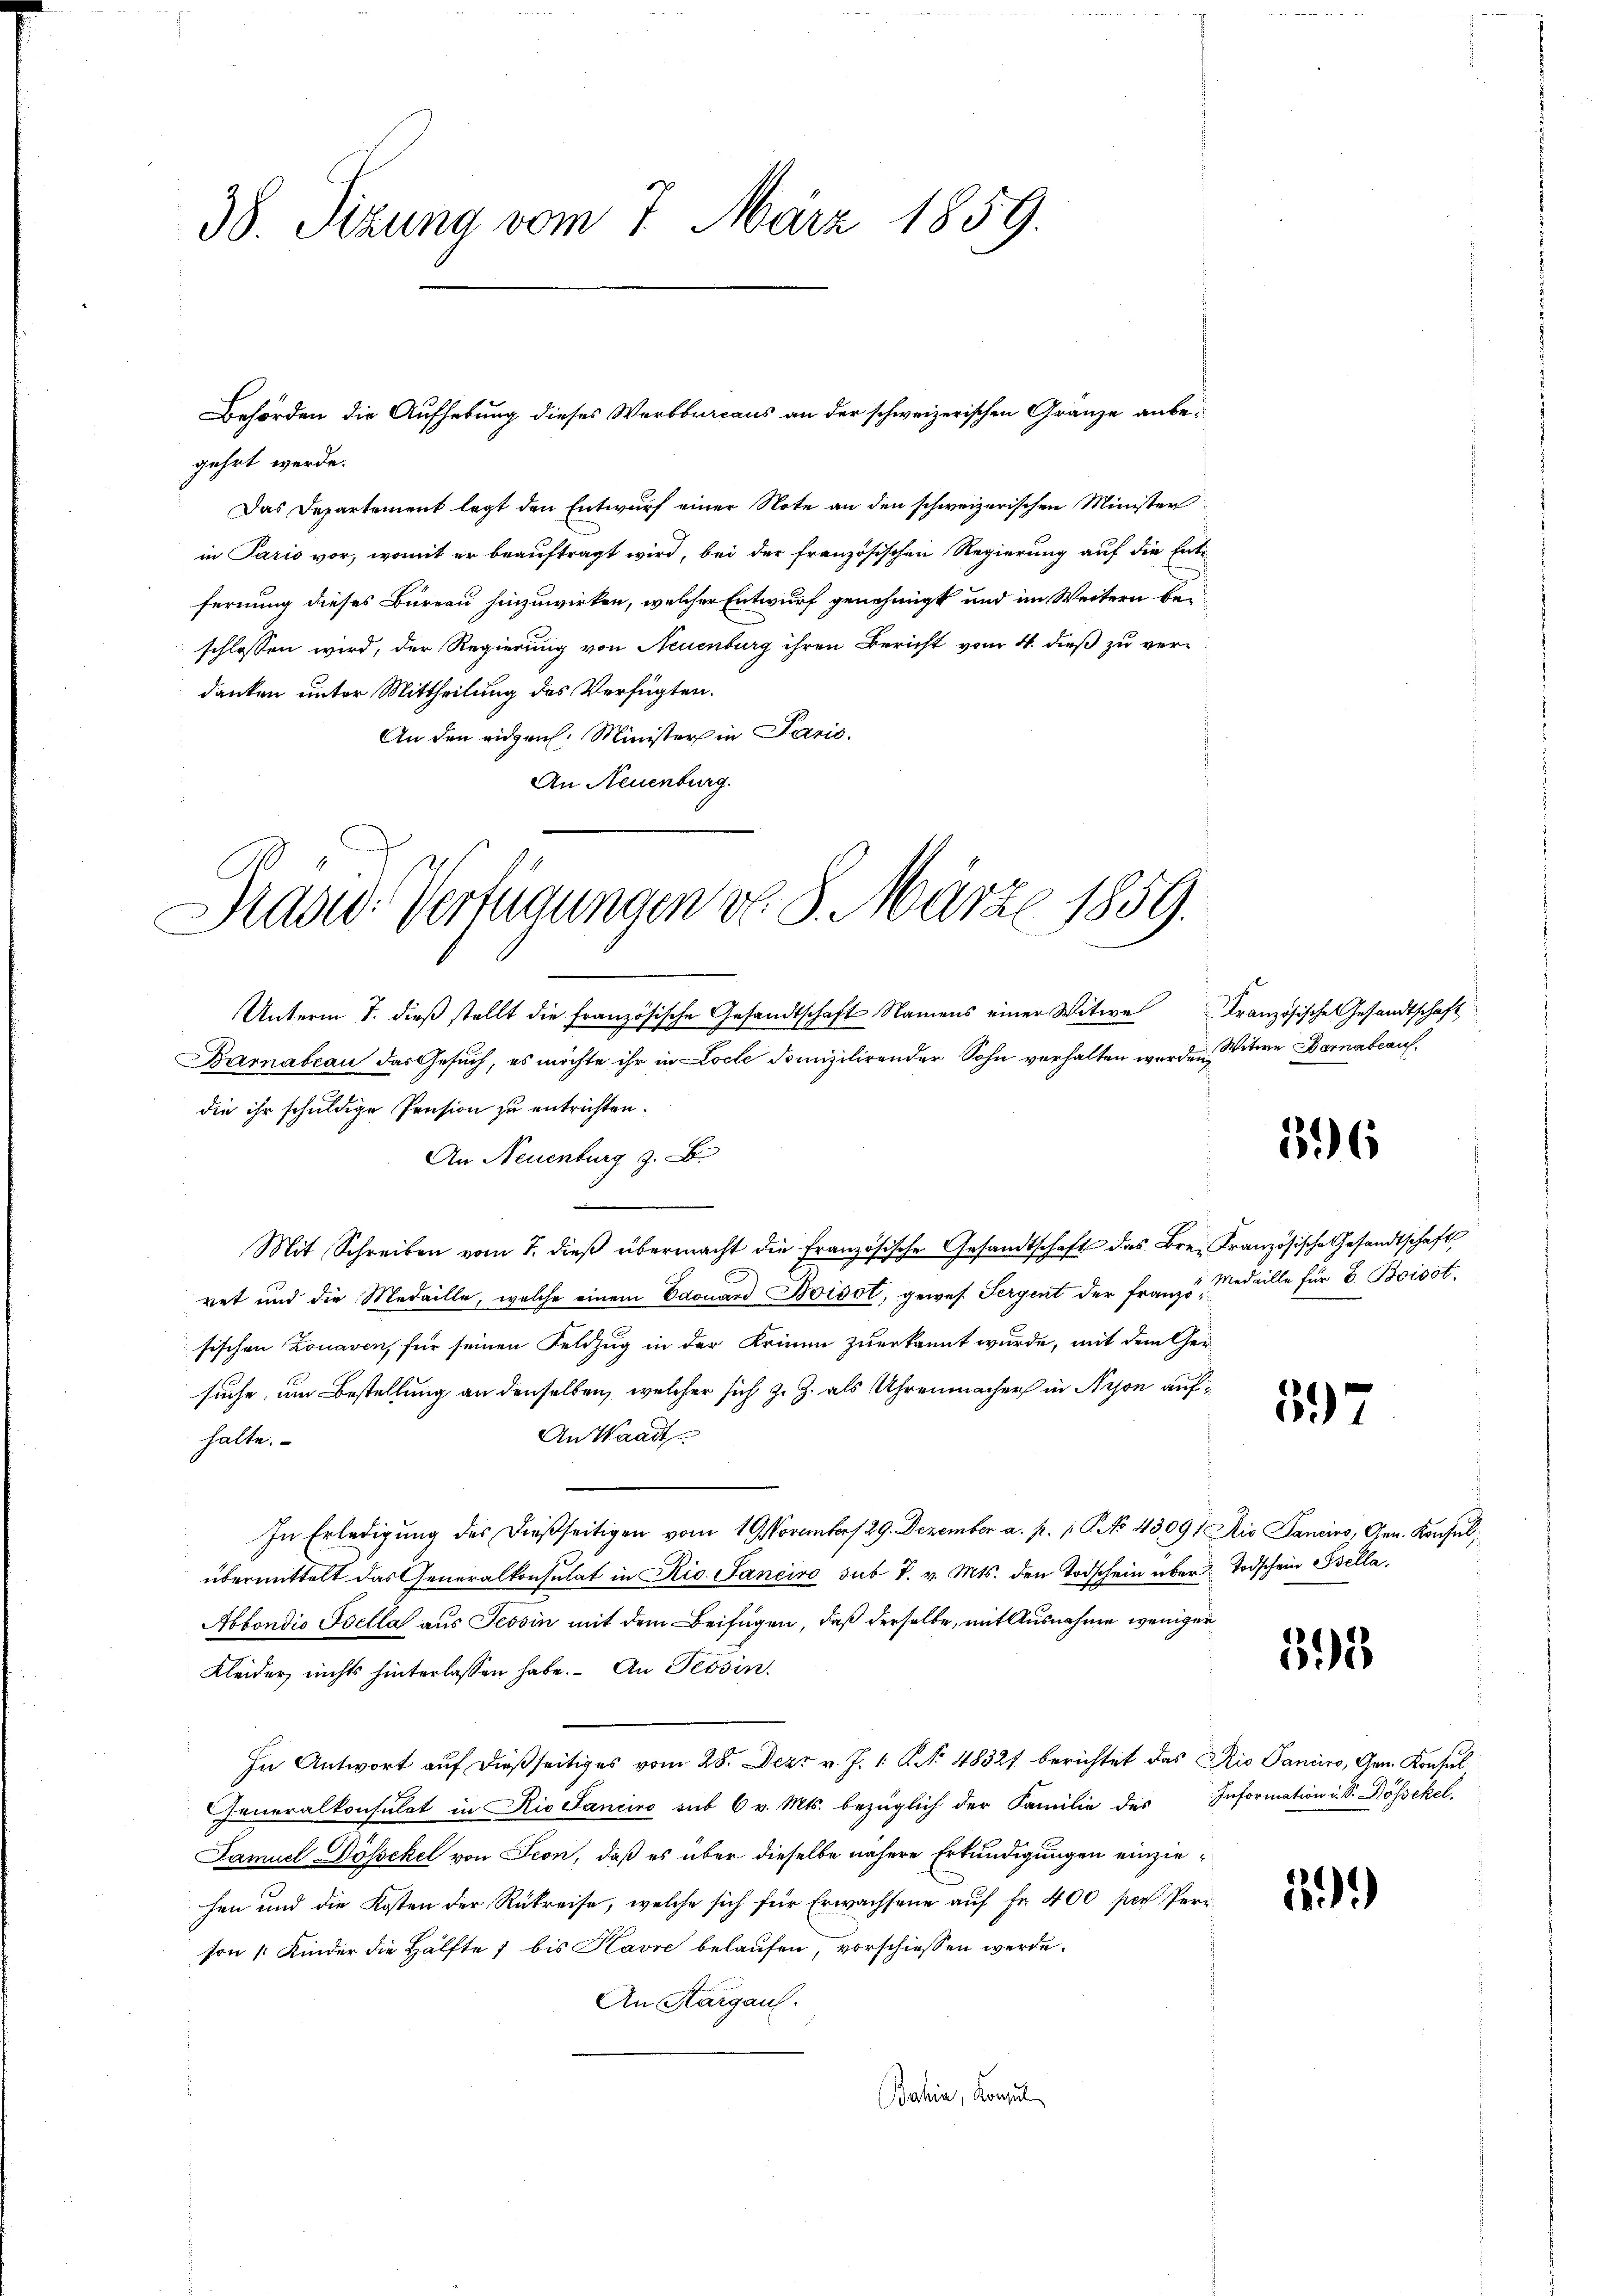
38. Sizung vom 7. März 1859.

gehrt werde.
Das Departement legt den Entwurf einer Note an den schweizerischen Minister
in Paris vor, womit er beauftragt wird, bei der französischen Regierung auf die Entfernung dieses Bureau hinzuwirken, welcher Entwurf genehmigt und im Weitern beschlossen wird, der Regierung von Neuenburg ihren Bericht vom 4. dieß zu ver-
danken unter Mittheilung des Verfügten.
An den eidgen. Minister in Paris.
An Neuenburg.
Unterm 7. dieβ stellt die französische Gesandtschaft Namens einer Witwe Französische Gesandtschaft
Barnabian das Gesŭch, es möchte ihr in Loche Domizilirender Sohn verhalten werden, itere Barna beau
die ihr schuldige Pension zu entrichten.
An Neuenburg z. B.
Mit Schreiben vom 7. dieβ übermacht die französische Gesandtschaft das Brei Französische Gesandtschaft,
ret und die Medaille, welche einem Edouard Boisot, gewes. Sergent der Franz u. Medaille für 8. Boisst,
sischen Lonaven, für seinen Feldzug in der Krimin zuerkannt wurde, mit dem Gersuche, um Bestellung an denselben, welcher sich z. Z. als Uhrenmacher in Nyon auf¬
An Waadt
halte.
In Erledigung des dießseitigen vom 19 November 29. Dezember a. p. p. C. No 43091 Aio Sancins, Gen. Konsul,
übermittelt das Generalkonsulat in Rio. Sancivo sub 7. v. Mts. den Todschein über Todschein Ssella,
Abbondio Ssella aus Tessin mit dem Beifügen, daß derselbe, mit Ausnahme weniger
Kleider nichts hinterlassen habe. An Tessin
In Antwort auf dießseitiges vom 28. Dez. v. J. 1. No. 48327 berichtet das Rio Sanciro, Gem. Konsul
Generalkonsulat in Rio Sanciro sub 6 v. Mts. bezüglich der Familie des Information i. S. Dössckel.
Damuel Dössekel von Seon, daß es über dieselbe nähere Erkundigungen einziehen und die Kosten der Rükreise, welche sich für Erwachsene auf Fr. 400 per Perison 4 Kinder die Hälfte 7 bis Havre belaufen, vorschiessen werde.
An Kargau.
Bahia, Konsul

Behörden die Aufhebung dieses Werbbureaus an der schweizerischen Gränze anbe¬

Präsid. Verfügungen v. 8. März 1859.

396

597

393

199